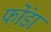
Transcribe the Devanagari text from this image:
फॊंडा